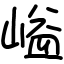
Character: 𡺬